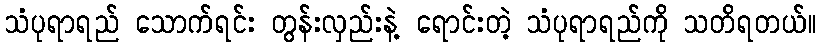
သံပုရာရည် သောက်ရင်း တွန်းလှည်းနဲ့ ရောင်းတဲ့ သံပုရာရည်ကို သတိရတယ်။